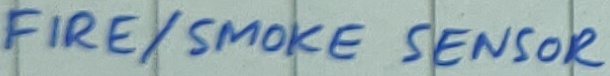
Text: FIRE/SMOKE SENSOR